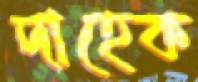
দাহেক